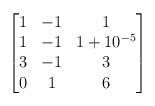
LaTeX: \begin{align*} \begin{bmatrix}1 & -1 & 1\\1 & -1 & 1+10^{-5}\\3 & -1 & 3 \\0 & 1 & 6\end{bmatrix}\end{align*}